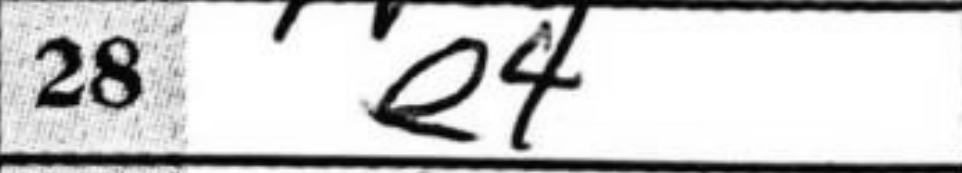
Transcription: e4